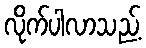
လိုက်ပါလာသည့်